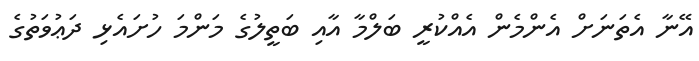
އޭނާ އެތަނަށް އެންމެން އެއްކުރީ ބަލްމާ އާއި ބަތީލުގެ މަންމަ ހުށައެޅި ދަޢުވަތުގެ